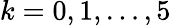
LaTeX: k=0,1,\ldots,5